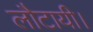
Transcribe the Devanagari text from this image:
लौटायी।